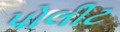
પોલીટ